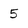
Character: 5